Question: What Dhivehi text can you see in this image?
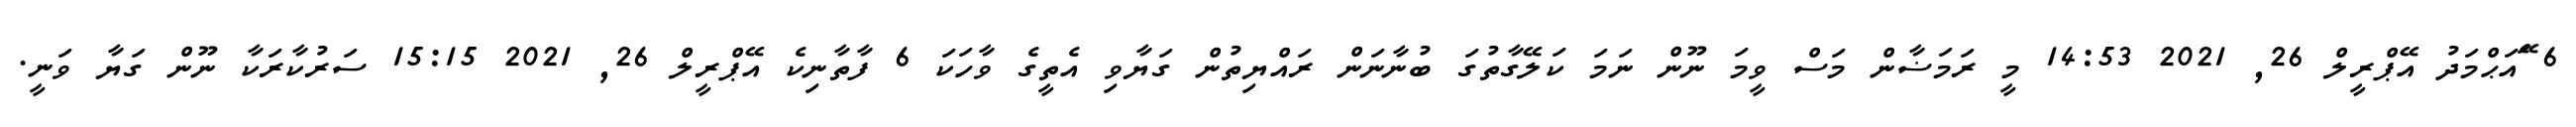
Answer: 6 ޭައަޙްމަދު އޭޕްރީލް 26, 2021 14:53 މީ ރަމަޟާން މަސް ވީމަ ނޫން ނަމަ ކަލޭގާތުގަ ބުނާނަން ރައްޔިތުން ގަޔާވި އެތީގެ ވާހަކަ 6 ފާތާނިކެ އޭޕްރީލް 26, 2021 15:15 ސަރުކާރަކާ ނޫން ގަޔާ ވަނީ.